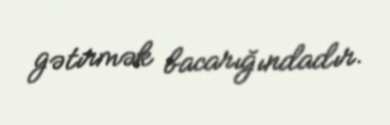
gətirmək bacarığındadır.